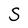
Character: S